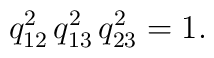
\smash{q_{12}^2\,q_{13}^2\,q_{23}^2} = 1.